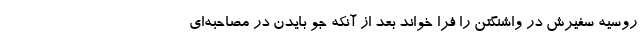
روسیه سفیرش در واشنگتن را فرا خواند بعد از آنکه جو بایدن در مصاحبه‌ای